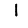
Digit: 1